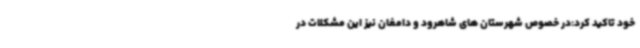
خود تاکید کرد:در خصوص شهرستان های شاهرود و دامغان نیز این مشکلات در